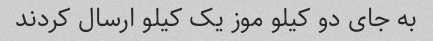
به جای دو کیلو موز یک کیلو ارسال کردند